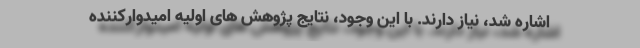
اشاره شد، نیاز دارند. با این وجود، نتایج پژوهش های اولیه امیدوارکننده